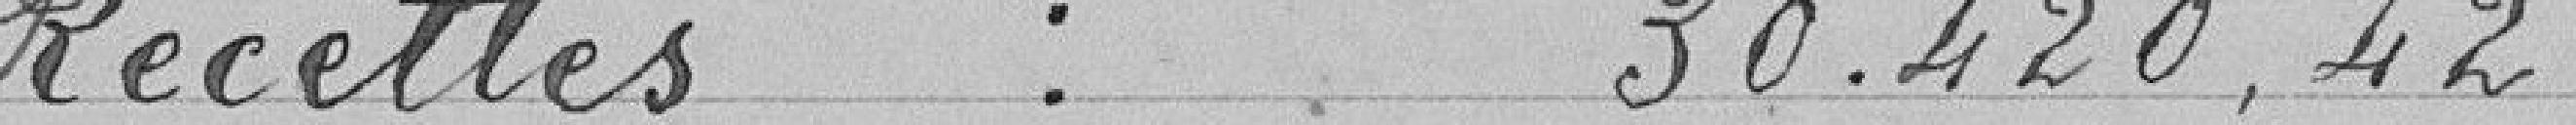
Recettes : 30 420.42 francs